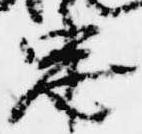
忠